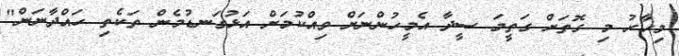
މިހާރު މި ގޮތަށް ގަތީމަ ސީދާ އެމީހުންނަށް ވިއްކުމަށް އަޅުގަނޑުމެން ތަކެތި ހައްދާނަން"